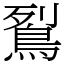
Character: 鴷